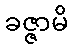
ခဇ္ဇာမိ